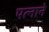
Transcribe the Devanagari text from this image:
पत्‍नाने